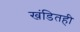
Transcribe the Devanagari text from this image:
खंडितही